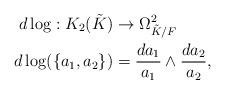
LaTeX: \begin{align*}d\log: K_2(\tilde{K})&\to \Omega^2_{\tilde{K}/F}\\ d\log(\{a_1,a_2\})&= \frac{da_1}{a_1}\wedge \frac{da_2}{a_2},\end{align*}